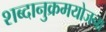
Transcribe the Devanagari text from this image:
शब्दानुक्रमयोजना